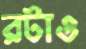
রটাও